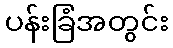
ပန်းခြံအတွင်း